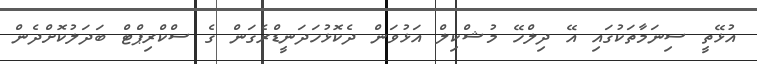
އުޅޭތީ ސިނަމާތަކުގައި އޭ ދިލްހޭ މުޝްކިލް އަޅުވަން ދެކޮޅުހަދަނީޑްރެގަން ގެ ސްކްރިޕްޓް ބަދަލުކޮށްދެން